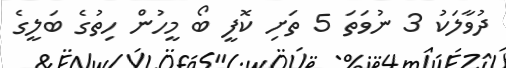
ދުވާލަކު 3 ނުވަތަ 5 ތަށި ކޮފީ ބޯ މީހުން ހިތުގެ ބަލީގެ